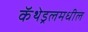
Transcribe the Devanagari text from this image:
कॅथेड्रलमधील